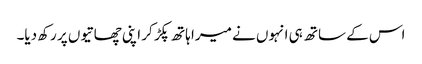
اس کے ساتھ ہی انہوں نے میرا ہاتھ پکڑ کر اپنی چھاتیوں پر رکھ دیا۔